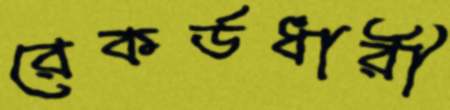
রেকর্ডধারী